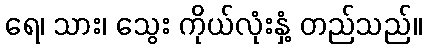
ရေ၊ သား၊ သွေး ကိုယ်လုံးနှံ့ တည်သည်။